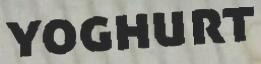
YOGHURT